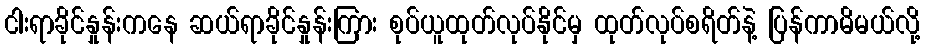
ငါးရာခိုင်နှုန်းကနေ ဆယ်ရာခိုင်နှုန်းကြား စုပ်ယူထုတ်လုပ်နိုင်မှ ထုတ်လုပ်စရိတ်နဲ့ ပြန်ကာမိမယ်လို့